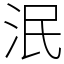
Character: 泯